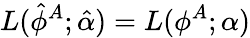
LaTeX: L(\hat{\phi}^{A};\hat{\alpha})=L(\phi^{A};\alpha)